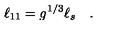
\ell _ { 1 1 } = g ^ { 1 / 3 } \ell _ { s } \quad .